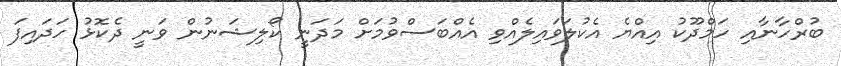
ބުރްހާނާއި ހަމްދޫކު އިއްޔެ އެކުލަވައިލެއްވި އެއްބަސްވުމަށް މަދަނީ ކޯލިޝަނުން ވަނީ ދެކޮޅު ހަދައިފަ